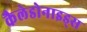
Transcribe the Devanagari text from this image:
कैलेडोनाइड्स